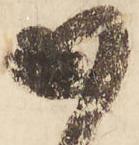
御